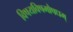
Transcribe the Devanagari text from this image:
विषयविषमौषधम्